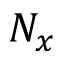
N _ { x }